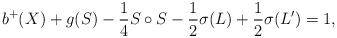
LaTeX: \begin{align*} b^+(X) + g(S) -\frac{1}{4} S \circ S - \frac{1}{2} \sigma (L) + \frac{1}{2} \sigma (L')=1, \end{align*}